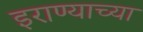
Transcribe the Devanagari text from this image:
इराण्याच्या